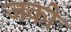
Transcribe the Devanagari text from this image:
जको